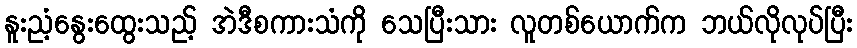
နူးညံ့နွေးထွေးသည့် အဲဒီစကားသံကို သေပြီးသား လူတစ်ယောက်က ဘယ်လိုလုပ်ပြီး